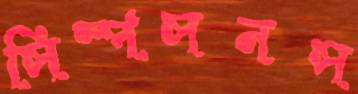
সিম্পসনস